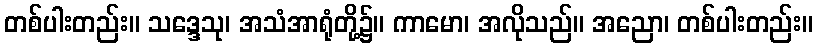
တစ်ပါးတည်း။ သဒ္ဒေသု၊ အသံအာရုံတို့၌။ ကာမော၊ အလိုသည်။ အညော၊ တစ်ပါးတည်း။